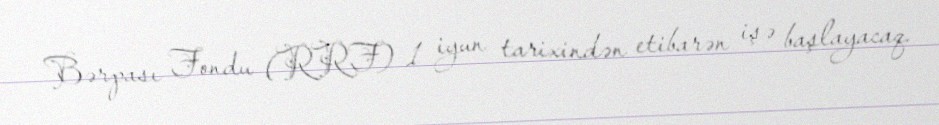
Bərpası Fondu (RRF) 1 iyun tarixindən etibarən işə başlayacaq.